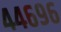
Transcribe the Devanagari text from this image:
४४६९६